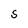
Character: S